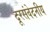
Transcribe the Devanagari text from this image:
दूरसंवेदनीय